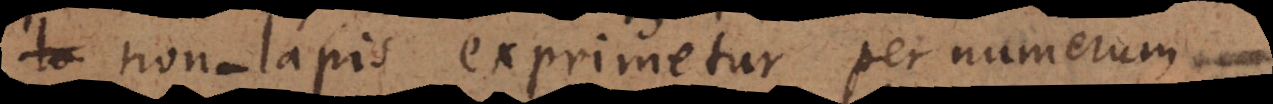
non‐lapis exprimetur per numerum